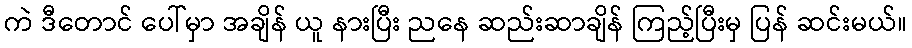
ကဲ ဒီတောင် ပေါ်မှာ အချိန် ယူ နားပြီး ညနေ ဆည်းဆာချိန် ကြည့်ပြီးမှ ပြန် ဆင်းမယ်။